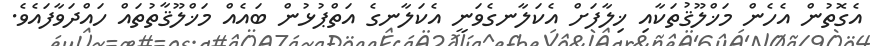
އެގޮތުން އެހެން މަޚްލޫޤުތަކާއި ޚިލާފަށް އެކަލާނގެވަނީ އެކަލާނގެ އަތްޕުޅުން ބައެއް މަޚްލޫޤާތުތައް ހައްދަވާފައެވެ.